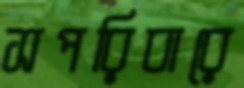
সপরিবারে